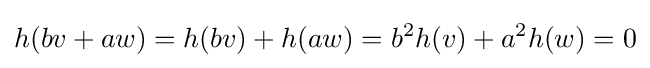
h(bv+aw)=h(bv)+h(aw)=b^{2}h(v)+a^{2}h(w)=0